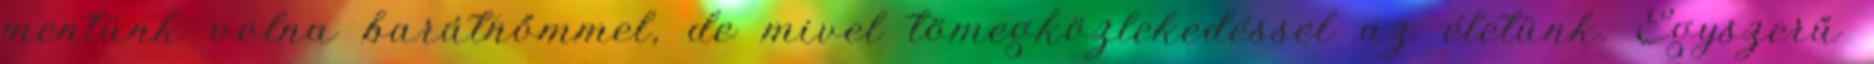
mentünk volna barátnőmmel, de mivel tömegközlekedéssel az életünk. Egyszerű